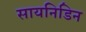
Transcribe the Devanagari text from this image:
सायनिडिन